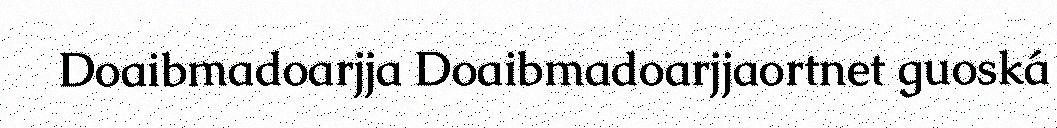
Doaibmadoarjja Doaibmadoarjjaortnet guoská